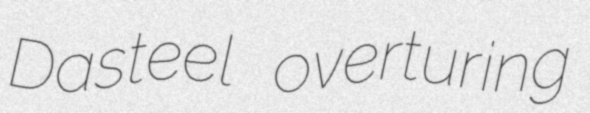
Dasteel overturing